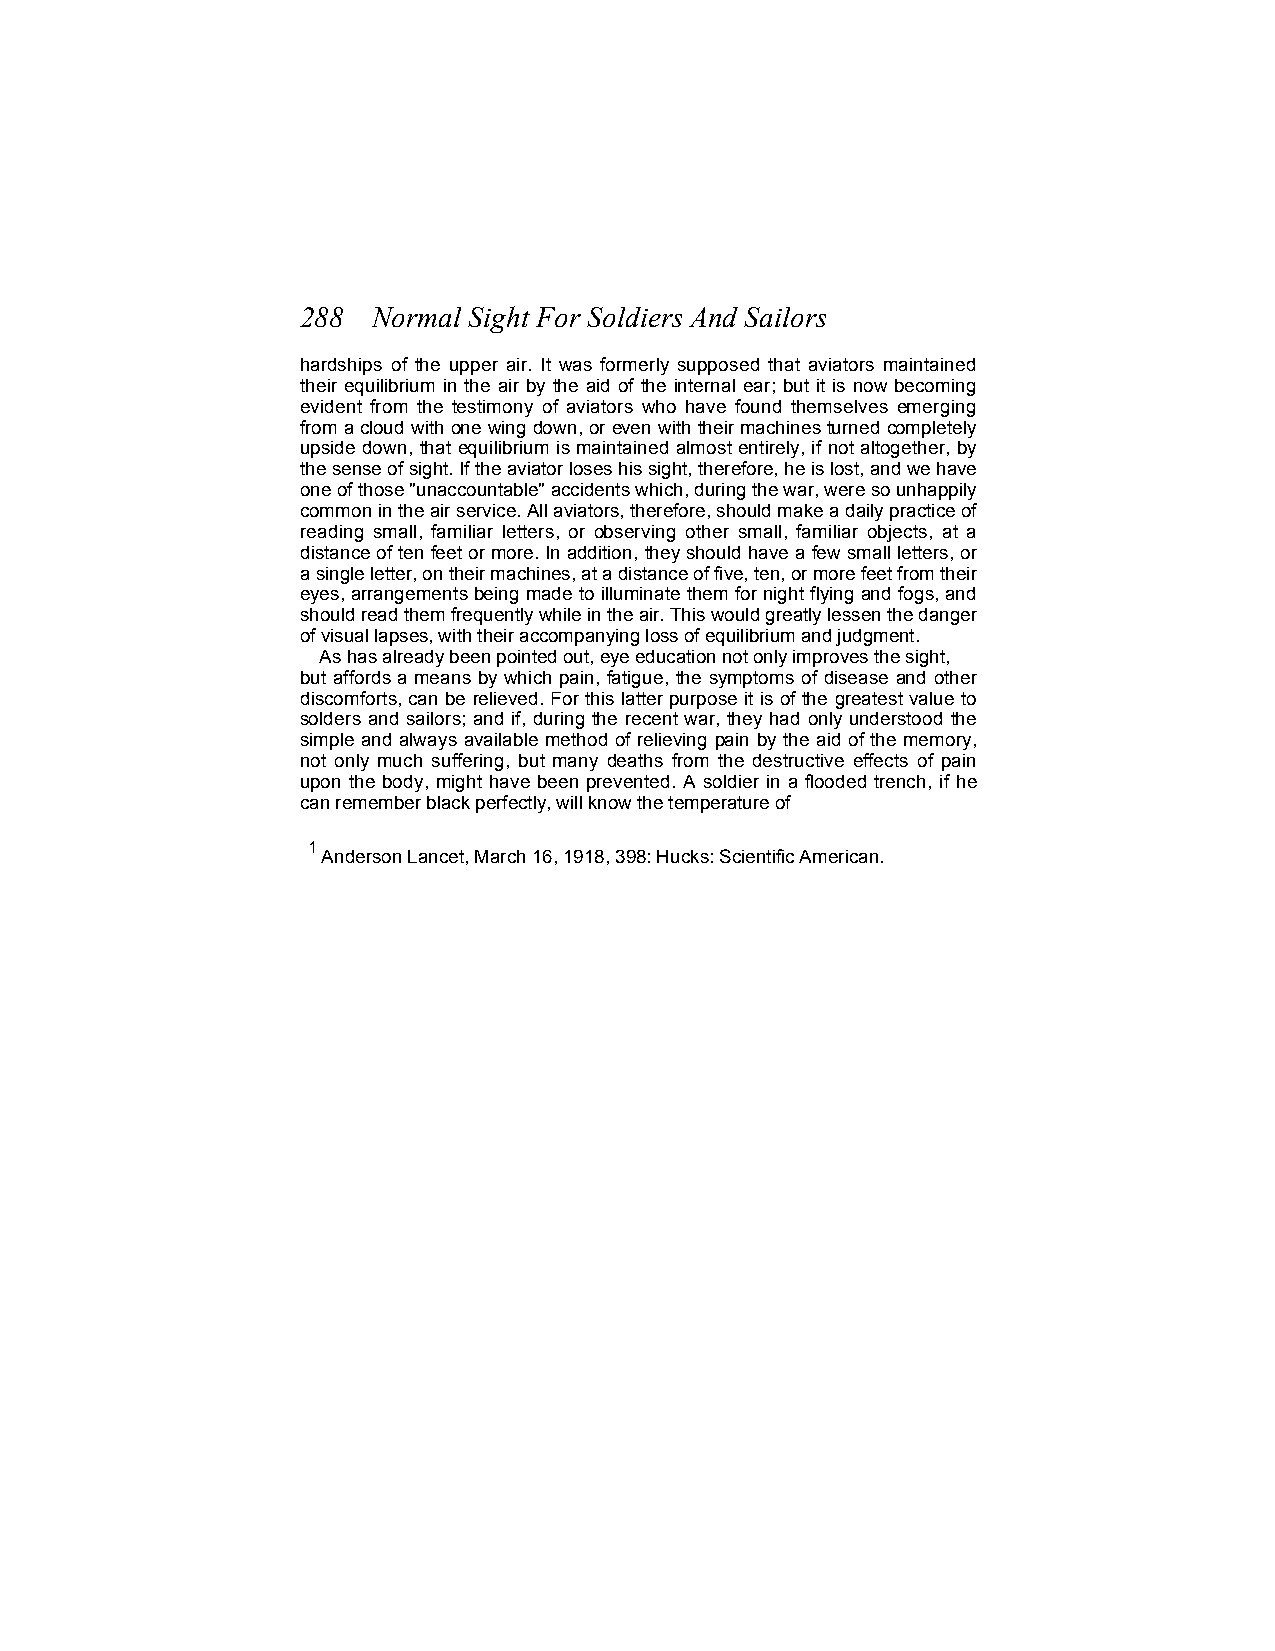
288  Normal Sight For Soldiers And Sailors
 hardships of the upper air. It was formerly supposed that aviators maintained
 their equilibrium in the air by the aid of the internal ear; but it is now becoming
 evident from the testimony of aviators who have found themselves emerging
 from a cloud with one wing down, or even with their machines turned completely
 upside down, that equilibrium is maintained almost entirely, if not altogether, by
 the sense of sight. If the aviator loses his sight, therefore, he is lost, and we have
 one of those "unaccountable" accidents which, during the war, were so unhappily
 common in the air service. All aviators, therefore, should make a daily practice of
 reading small, familiar letters, or observing other small, familiar objects, at a
 distance of ten feet or more. In addition, they should have a few small letters, or
 a single letter, on their machines, at a distance of five, ten, or more feet from their
 eyes, arrangements being made to illuminate them for night flying and fogs, and
 should read them frequently while in the air. This would greatly lessen the danger
 of visual lapses, with their accompanying loss of equilibrium and judgment.
 As has already been pointed out, eye education not only improves the sight,
 but affords a means by which pain, fatigue, the symptoms of disease and other
 discomforts, can be relieved. For this latter purpose it is of the greatest value to
 solders and sailors; and if, during the recent war, they had only understood the
 simple and always available method of relieving pain by the aid of the memory,
 not only much suffering, but many deaths from the destructive effects of pain
 upon the body, might have been prevented. A soldier in a flooded trench, if he
 can remember black perfectly, will know the temperature of
 1
 Anderson Lancet, March 16, 1918, 398: Hucks: Scientific American.